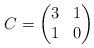
LaTeX: \begin{align*}C=\begin{pmatrix}3&1\\1&0\end{pmatrix}\end{align*}